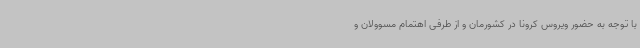
با توجه به حضور ویروس کرونا در کشورمان و از طرفی اهتمام مسوولان و